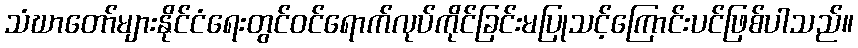
သံဃာတော်များနိုင်ငံရေးတွင်ဝင်ရောက်လုပ်ကိုင်ခြင်းမပြုသင့်ကြောင်းပင်ဖြစ်ပါသည်။